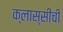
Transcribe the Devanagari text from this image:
क्लास्सीची